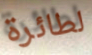
لطائرة